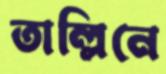
তাল্লিনে